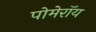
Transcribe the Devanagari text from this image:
पोमेरॉय